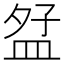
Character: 𪾎